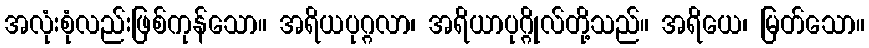
အလုံးစုံလည်းဖြစ်ကုန်သော။ အရိယပုဂ္ဂလာ၊ အရိယာပုဂ္ဂိုလ်တို့သည်။ အရိယေ၊ မြတ်သော။